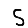
Digit: 5